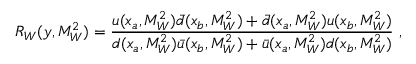
R _ { W } ( y , M _ { W } ^ { 2 } ) = \frac { u ( x _ { a } , M _ { W } ^ { 2 } ) \bar { d } ( x _ { b } , M _ { W } ^ { 2 } ) + \bar { d } ( x _ { a } , M _ { W } ^ { 2 } ) u ( x _ { b } , M _ { W } ^ { 2 } ) } { d ( x _ { a } , M _ { W } ^ { 2 } ) \bar { u } ( x _ { b } , M _ { W } ^ { 2 } ) + \bar { u } ( x _ { a } , M _ { W } ^ { 2 } ) d ( x _ { b } , M _ { W } ^ { 2 } ) } ~ ,